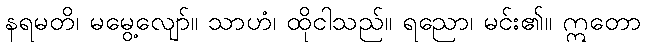
နရမတိ၊ မမွေ့လျော်။ သာဟံ၊ ထိုငါသည်။ ရညော၊ မင်း၏။ ဣတော